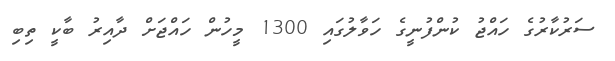
ސަރުކާރުގެ ހައްޖު ކުންފުނީގެ ހަވާލުގައި 1300 މީހުން ހައްޖަށް ދާއިރު ބާކީ ތިބި